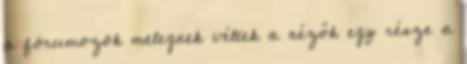
a fórumozók melegnek véltek a nézők egy része a